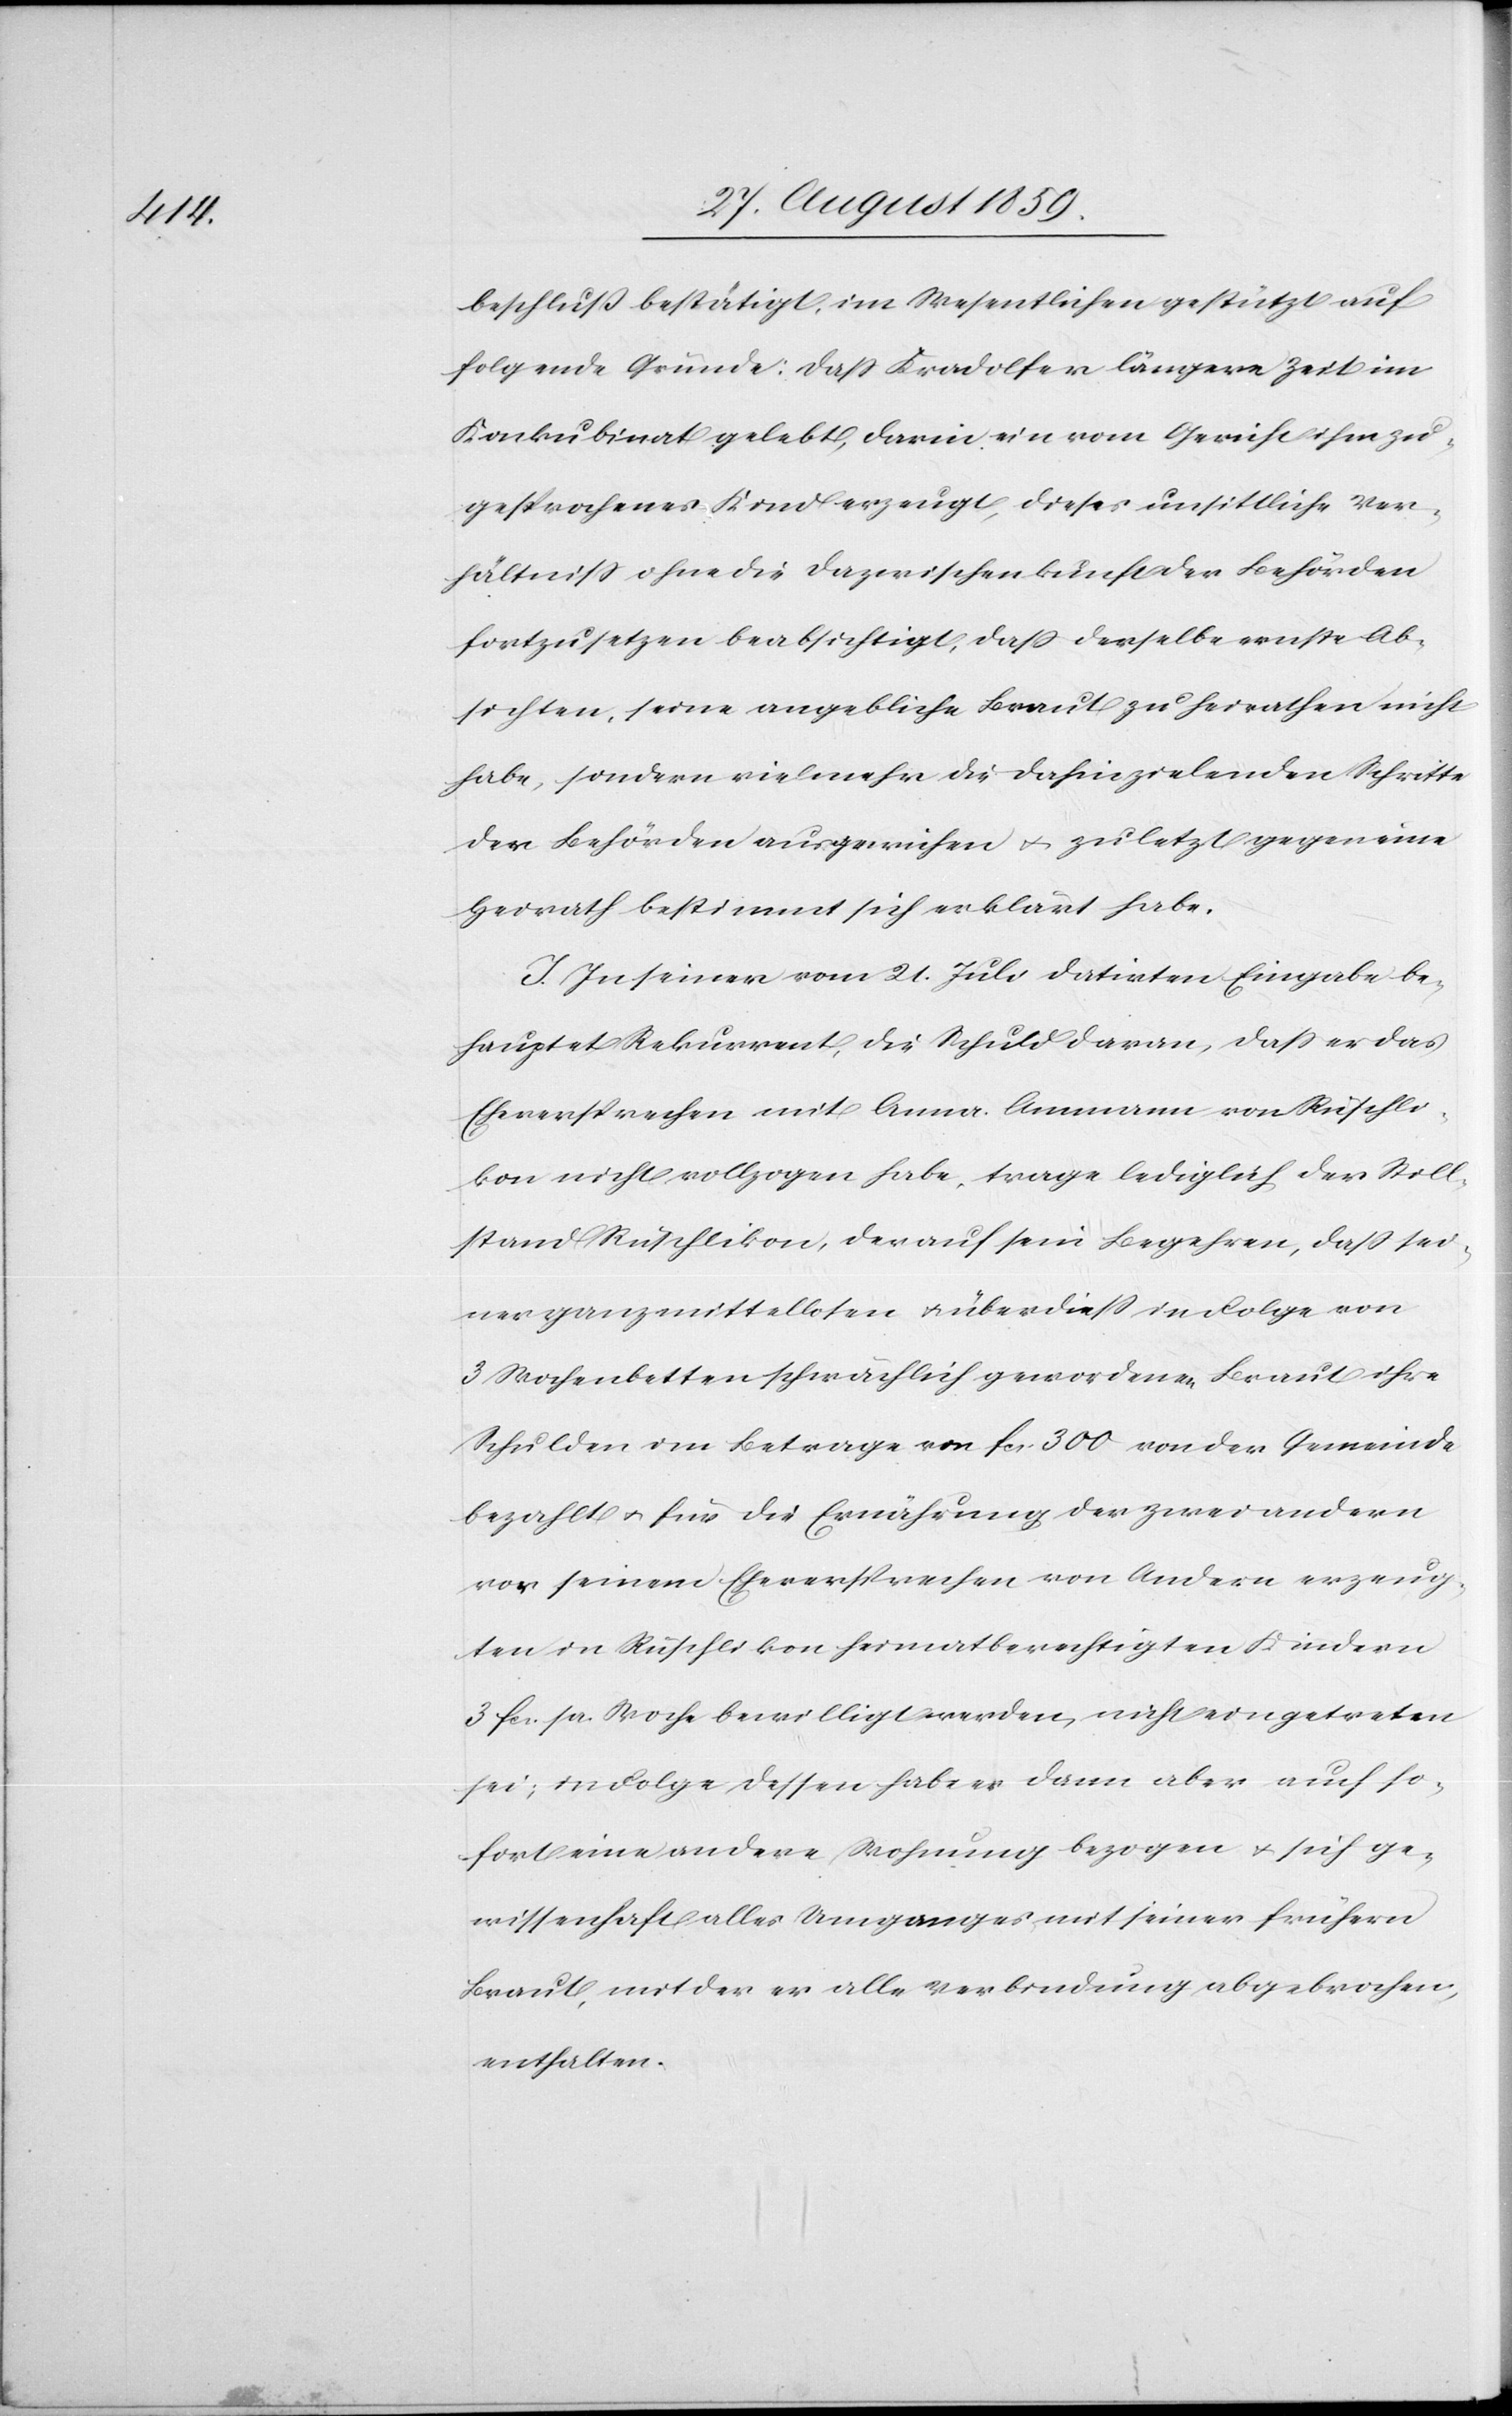
beschluß bestätigt, im Wesentlichen gestützt auf
folgende Gründe: Daß Kradolfer längere Zeit im
Konkubinat gelebt, darin ein vom Gericht ihm zu¬
gesprochenes Kind erzeugt, dieses unsittliche Ver¬
hältniß ohne die Dazwischenkunft der Behörden
fortzusetzen beabsichtigt, daß derselbe ernste Ab¬
sichten, seine angebliche Braut zu heirathen nicht
habe, sondern vielmehr die dahinzielenden Schritte
der Behörden ausgewichen & zuletzt gegen eine
Heirath bestimmt sich erklärt habe.
I. In seiner vom 21. Juli datirten Eingabe be¬
hauptet Rekurrent, die Schuld daran, daß er das
Eheversprechen mit Anna Ammann von Rüschli¬
kon nicht vollzogen habe, trage lediglich der Still¬
stand Rüschlikon, der auf sein Begehren, daß sei¬
ner ganz mittellosen & überdieß in Folge von
3 Wochenbetten schwächlich gewordenen Braut ihre
Schulden im Betrage von fcs. 300 von der Gemeinde
bezahlt & für die Ernährung der zwei andern
vor seinem Eheversprechen von Andern erzeug¬
ten in Rüschlikon heimatberechtigten Kindern
3. fcs. pr. Woche bewilligt werden, nicht eingetreten
sei, in Folge dessen habe er dann aber auch so¬
fort eine andere Wohnung bezogen & sich ge¬
wissenhaft alles Umganges mit seiner frühern
Braut, mit der er alle Verbindung abgebrochen,
enthalten.